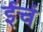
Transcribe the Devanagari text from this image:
ईचं